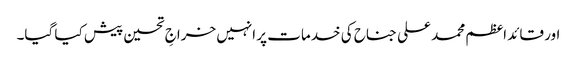
اور قائد اعظم محمد علی جناح کی خدمات پر انہیں خراجِ تحسین پیش کیا گیا۔